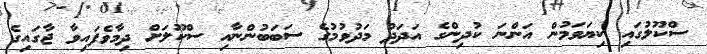
ސްކޫލުގައި ކިޔަވަމުން އަންނަ ކުދިންގެ އަދަދު މަދުވުމުގެ ސަބަބުންނާއި ސްކޫލަށް ދިމާވެފައިވާ ޖާގައިގެ